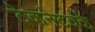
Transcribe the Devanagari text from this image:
टेकनेटवर्क